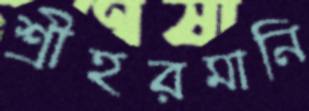
শ্রীহরমানি